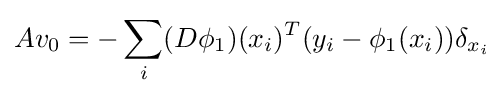
Av_{0}=-\sum _{i}(D\phi _{1})(x_{i})^{T}(y_{i}-\phi _{1}(x_{i}))\delta _{x_{i}}